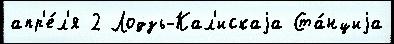
апр'е́л'я 2 Лодзь-Кал'искаjа Ста́нциjа